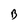
Character: B